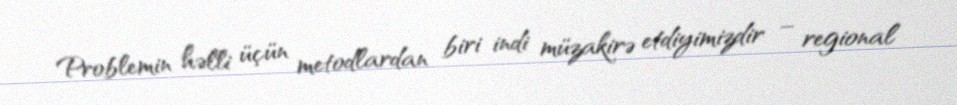
Problemin həlli üçün metodlardan biri indi müzakirə etdiyimizdir – regional